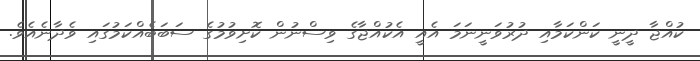
ކުއްޖާ ދީނީ ކަންކަމާއި ދުރުވަނީނަމަ އެއީ އެކުއްޖާގެ ވިސްނުން ކޮށިވުމުގެ ސަބަބެއްކަމުގައި ވެދާނެއެވެ.